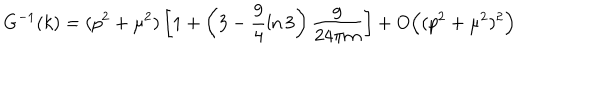
LaTeX: G ^ { - 1 } ( k ) = ( p ^ { 2 } + \mu ^ { 2 } ) \left[ 1 + \left( 3 - \frac { 9 } { 4 } \ln 3 \right) \frac { g } { 2 4 \pi m } \right] + O \Bigl ( ( p ^ { 2 } + \mu ^ { 2 } ) ^ { 2 } \Bigr )